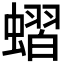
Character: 𧐔